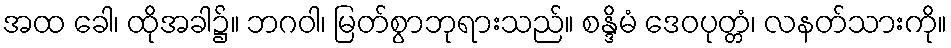
အထ ခေါ၊ ထိုအခါ၌။ ဘဂဝါ၊ မြတ်စွာဘုရားသည်။ စန္ဒိမံ ဒေဝပုတ္တံ၊ လနတ်သားကို။